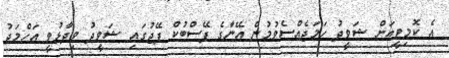
އެ ކޮމިޓީއަށް ޝަވީދު ހަމަޖެއްސެވުމުން އޭނާގެ ފޭސްބުކް ޕޭޖުގައި ޝަވީދު ވިދާޅުވީ އަހްމަދު